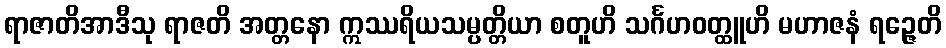
ရာဇာတိအာဒီသု ရာဇတိ အတ္တနော ဣဿရိယသမ္ပတ္တိယာ စတူဟိ သင်္ဂဟဝတ္ထူဟိ မဟာဇနံ ရဉ္ဇေတိ